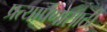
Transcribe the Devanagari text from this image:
प्रत्यार्पणासाठी